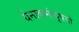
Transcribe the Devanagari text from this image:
येनाक्रमंत्यृषयो